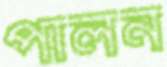
পালন